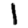
Digit: 1